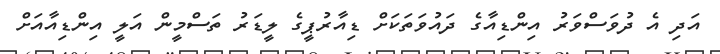
އަދި އެ ދުވަސްވަރު އިންޑިއާގެ ދައުވަތަކަށް ޑިއާރުޕީގެ ލީޑަރު ތަސްމީން އަލީ އިންޑިއާއަށް